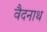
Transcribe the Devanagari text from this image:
वैदनाथ